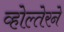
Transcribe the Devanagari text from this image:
व्होल्तेरने